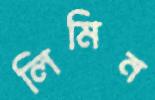
লিমিন